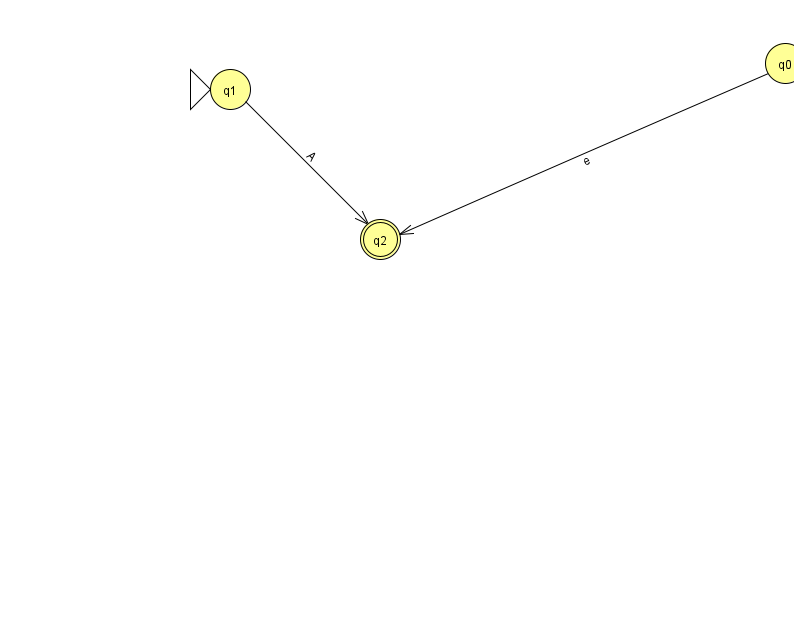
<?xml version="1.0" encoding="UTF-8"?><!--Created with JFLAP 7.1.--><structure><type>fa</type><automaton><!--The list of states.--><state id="0" name="q0"><x>785.0</x><y>50.0</y></state><state id="1" name="q1"><x>230.0</x><y>76.0</y><initial/></state><state id="2" name="q2"><x>380.0</x><y>226.0</y><final/></state><!--The list of transitions.--><transition><from>0</from><to>2</to><read>e</read></transition><transition><from>1</from><to>2</to><read>A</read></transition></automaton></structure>